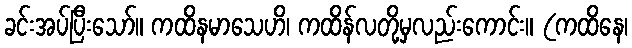
ခင်းအပ်ပြီးသော်။ ကထိနမာသေဟိ၊ ကထိန်လတို့မှလည်းကောင်း။ (ကထိနေ၊